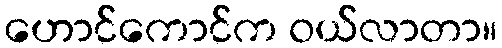
ဟောင်ကောင်က ဝယ်လာတာ။